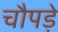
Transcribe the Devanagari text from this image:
चौपड़े